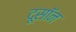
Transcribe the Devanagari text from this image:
दूसॉन